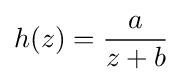
h(z)={\frac {a}{z+b}}